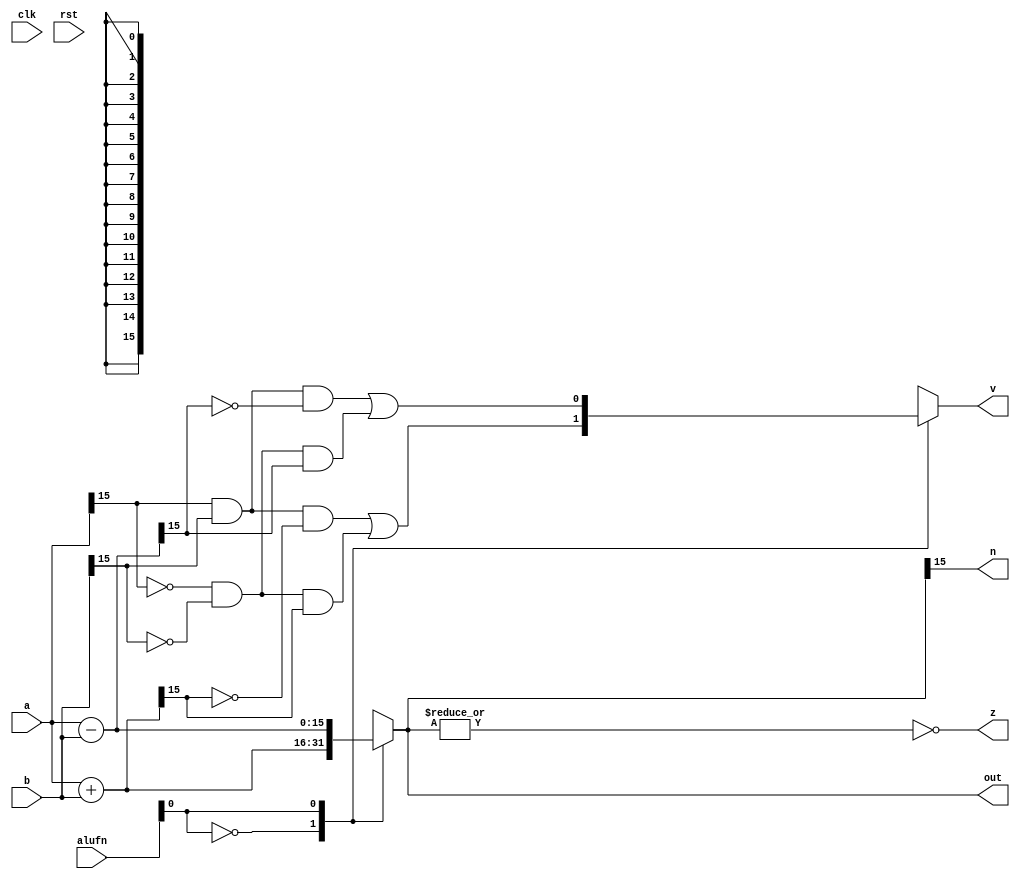
/*
   This file was generated automatically by the Mojo IDE version B1.3.6.
   Do not edit this file directly. Instead edit the original Lucid source.
   This is a temporary file and any changes made to it will be destroyed.
*/

module add_5 (
    input clk,
    input rst,
    input [5:0] alufn,
    input [15:0] a,
    input [15:0] b,
    output reg [15:0] out,
    output reg [0:0] v,
    output reg [0:0] z,
    output reg [0:0] n
  );
  
  
  
  reg [15:0] sum_intermediate;
  
  always @* begin
    
    case (alufn[0+0-:1])
      1'h0: begin
        sum_intermediate = a + b;
        v = (((a[15+0-:1]) & (b[15+0-:1]) & (~sum_intermediate[15+0-:1])) | ((~a[15+0-:1]) & (~b[15+0-:1]) & (sum_intermediate[15+0-:1])));
      end
      1'h1: begin
        sum_intermediate = a - b;
        v = (((a[15+0-:1]) & (b[15+0-:1]) & (~sum_intermediate[15+0-:1])) | ((~a[15+0-:1]) & (~b[15+0-:1]) & (sum_intermediate[15+0-:1])));
      end
      default: begin
        sum_intermediate = a + b;
        v = (((a[15+0-:1]) & (b[15+0-:1]) & (~sum_intermediate[15+0-:1])) | ((~a[15+0-:1]) & (~b[15+0-:1]) & (sum_intermediate[15+0-:1])));
      end
    endcase
    out = sum_intermediate[0+15-:16];
    z = (~|sum_intermediate);
    n = sum_intermediate[15+0-:1];
  end
endmodule